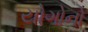
યોગોનો